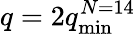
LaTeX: q=2q_{\mathrm{min}}^{N=14}